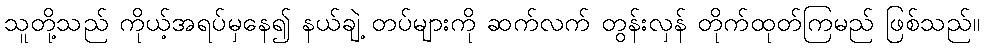
သူတို့သည် ကိုယ့်အရပ်မှနေ၍ နယ်ချဲ့ တပ်များကို ဆက်လက် တွန်းလှန် တိုက်ထုတ်ကြမည် ဖြစ်သည်။